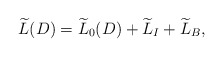
\begin{align*}\widetilde{L}(D)=\widetilde{L}_{0}(D)+\widetilde{L}_{I}+\widetilde{L}_{B},\end{align*}